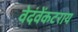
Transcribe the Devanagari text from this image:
वेदंवेंकटराय